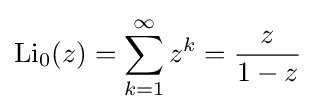
\operatorname {Li} _{0}(z)=\sum _{k=1}^{\infty }z^{k}={\frac {z}{1-z}}